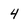
Character: 4